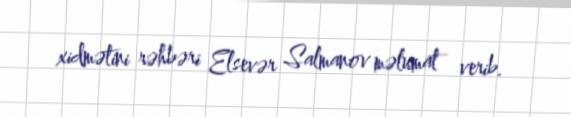
xidmətini rəhbəri Elsevər Salmanov məlumat verib.